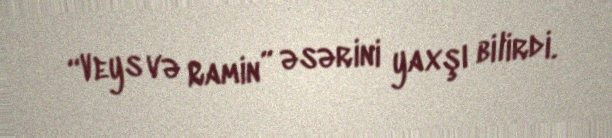
“Veys və Ramin” əsərini yaxşı bilirdi.